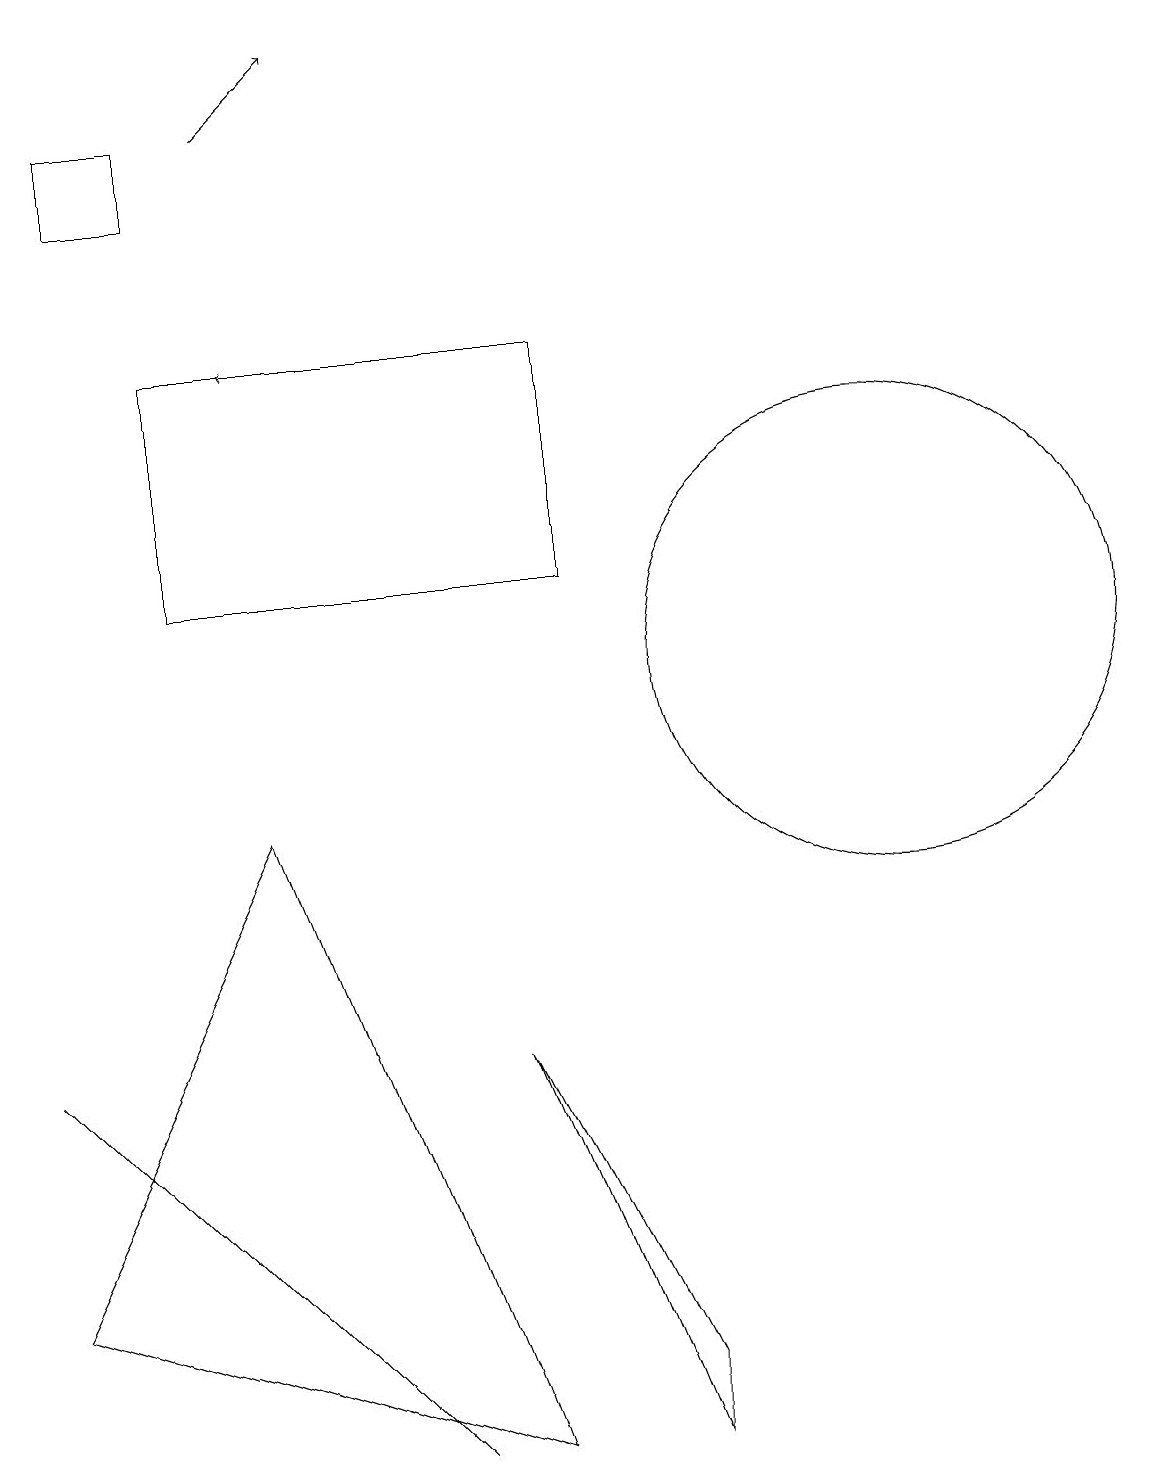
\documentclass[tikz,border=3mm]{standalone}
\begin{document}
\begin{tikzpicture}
\draw (2,18) rectangle (1,17);
\draw[->] (3,18) -- (4,19);
\draw (11,11) circle (3);
\draw (8,2) -- (6,6) -- (8,1) -- cycle;
\draw (0,6) -- (0,6) -- (5,1) -- cycle;
\draw[->] (5,15) -- (3,15);
\draw (7,15) rectangle (2,12);
\draw (3,9) -- (0,3) -- (6,1) -- cycle;
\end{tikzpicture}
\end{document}